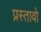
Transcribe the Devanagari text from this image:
प्रस्तावो